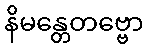
နိမန္တေတဗ္ဗော